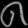
Digit: ၈